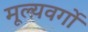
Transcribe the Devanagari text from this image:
मूल्यवर्गो